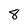
Character: 8